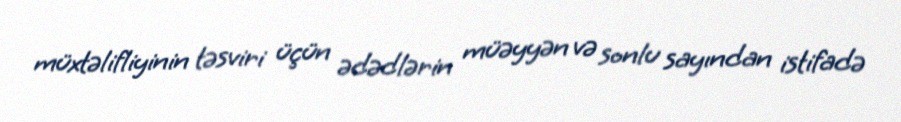
müxtəlifliyinin təsviri üçün ədədlərin müəyyən və sonlu sayından istifadə